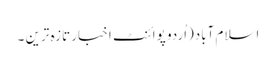
اسلام آباد(اُردو پوائنٹ اخبار تازہ ترین ۔